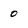
Character: 0